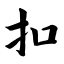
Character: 扣